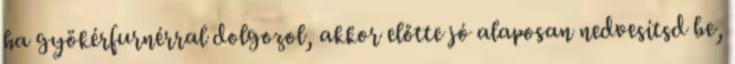
ha gyökérfurnérral dolgozol, akkor előtte jó alaposan nedvesítsd be,